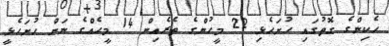
ހެކިންގެ ގޮތުގައި ހުށަހެޅި 22 މީހުންގެ ތެރެއިން 14 މީހެއްގެ ނަން ހުށަހެޅީ